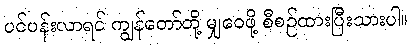
ပင်ပန်းလာရင် ကျွန်တော်တို့ မျှဝေဖို့ စီစဉ်ထားပြီးသားပါ။